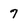
Character: 7